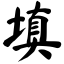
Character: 填